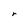
Character: r